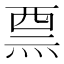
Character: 𱫔